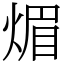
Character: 煝